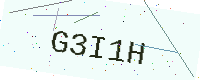
Text: G3I1H